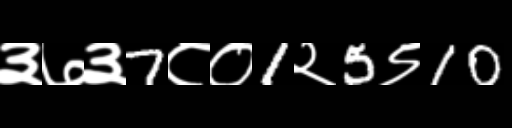
Text: ३७३7८०1२5९10